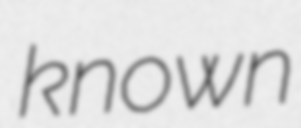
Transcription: known